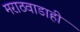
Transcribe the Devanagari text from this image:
मराठवाडाही